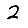
Digit: 2